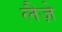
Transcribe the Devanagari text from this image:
लैज़े